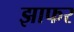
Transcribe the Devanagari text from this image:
झाफर